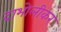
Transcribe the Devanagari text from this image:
दाभोलीकर